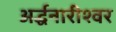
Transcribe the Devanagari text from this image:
अर्द्धनारीश्वर